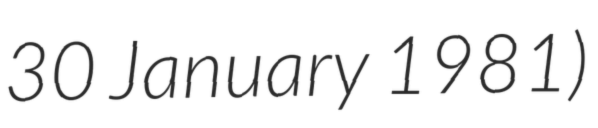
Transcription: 30 January 1981)